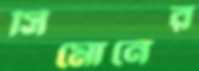
সিমোনের